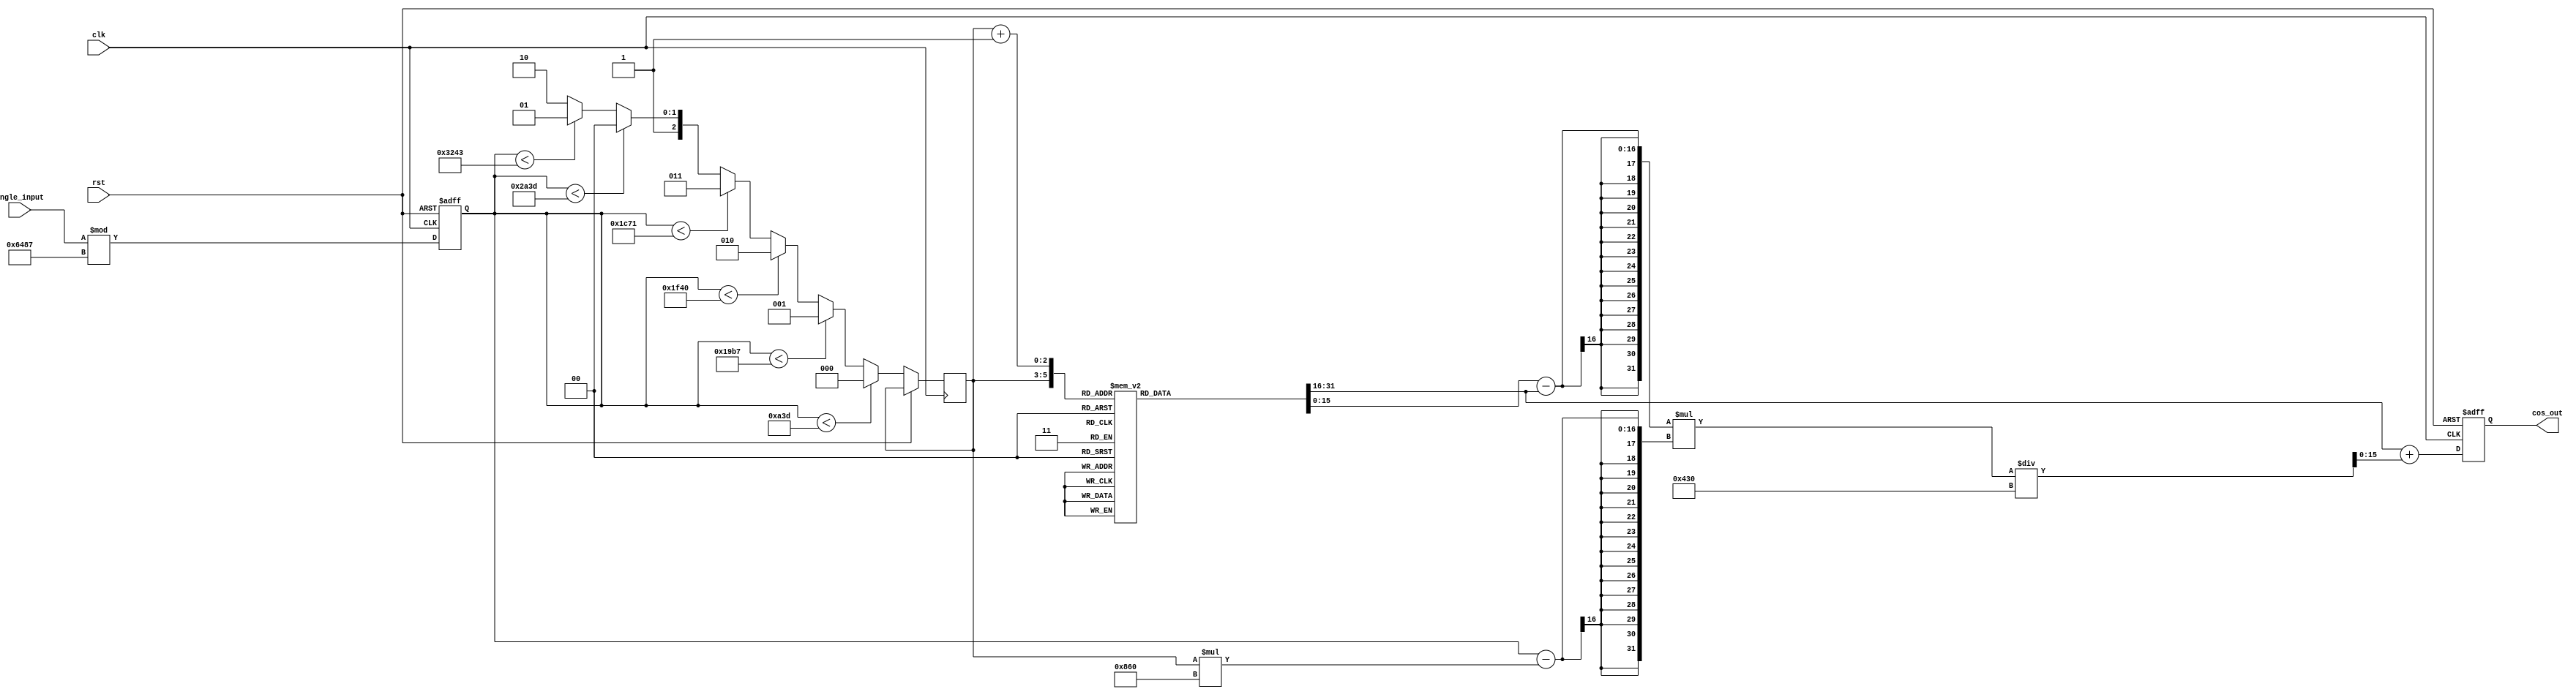
module cosine_block (
    input wire [15:0] angle_input, // Angle input in fixed-point format (0 to 2)
    input wire clk,                // Clock signal
    input wire rst,                // Asynchronous reset
    output reg [15:0] cos_out      // Cosine output in fixed-point format
);

    // Parameters
    parameter PI = 16'h3243; //  in fixed-point (16 bits)
    parameter TWO_PI = 16'h6487; // 2 in fixed-point (16 bits)
    
    // Lookup Table for cosine values (fixed-point representation)
    reg [15:0] cos_lut [0:6]; // LUT for cos(0), cos(/6), cos(/4), cos(/3), cos(/2), cos(2/3), cos()
    
    initial begin
        cos_lut[0] = 16'hFFFF; // cos(0) = 1.0
        cos_lut[1] = 16'hDB6F; // cos(/6)  0.866
        cos_lut[2] = 16'hB504; // cos(/4)  0.707
        cos_lut[3] = 16'h0000; // cos(/3) = 0.5
        cos_lut[4] = 16'h8000; // cos(/2) = 0.0
        cos_lut[5] = 16'hDB6F; // cos(2/3)  -0.866
        cos_lut[6] = 16'hFFFF; // cos() = -1.0
    end

    // Internal signals
    reg [15:0] normalized_angle;
    reg [2:0] lut_index;
    reg [15:0] cos_value_a, cos_value_b;
    reg [15:0] interpolated_value;

    // Angle normalization
    always @(posedge clk or posedge rst) begin
        if (rst) begin
            normalized_angle <= 16'h0000;
        end else begin
            // Normalize angle to [0, 2)
            normalized_angle <= angle_input % TWO_PI;
        end
    end

    // LUT access and interpolation
    always @(posedge clk or posedge rst) begin
        if (rst) begin
            cos_out <= 16'h0000;
        end else begin
            // Determine LUT index based on normalized angle
            if (normalized_angle < 16'h0A3D) begin // /6
                lut_index <= 0;
            end else if (normalized_angle < 16'h19B7) begin // /4
                lut_index <= 1;
            end else if (normalized_angle < 16'h1F40) begin // /3
                lut_index <= 2;
            end else if (normalized_angle < 16'h1C71) begin // /2
                lut_index <= 3;
            end else if (normalized_angle < 16'h2A3D) begin // 2/3
                lut_index <= 4;
            end else if (normalized_angle < 16'h3243) begin // 
                lut_index <= 5;
            end else begin
                lut_index <= 6; // 2
            end
            
            // Retrieve cosine values from LUT
            cos_value_a = cos_lut[lut_index];
            cos_value_b = cos_lut[lut_index + 1];

            // Linear interpolation (simple example)
            interpolated_value = cos_value_a + ((cos_value_b - cos_value_a) * (normalized_angle - (lut_index * (PI / 6)))) / (PI / 12);
            
            // Assign the interpolated value to output
            cos_out <= interpolated_value;
        end
    end

endmodule